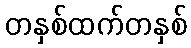
တနှစ်ထက်တနှစ်